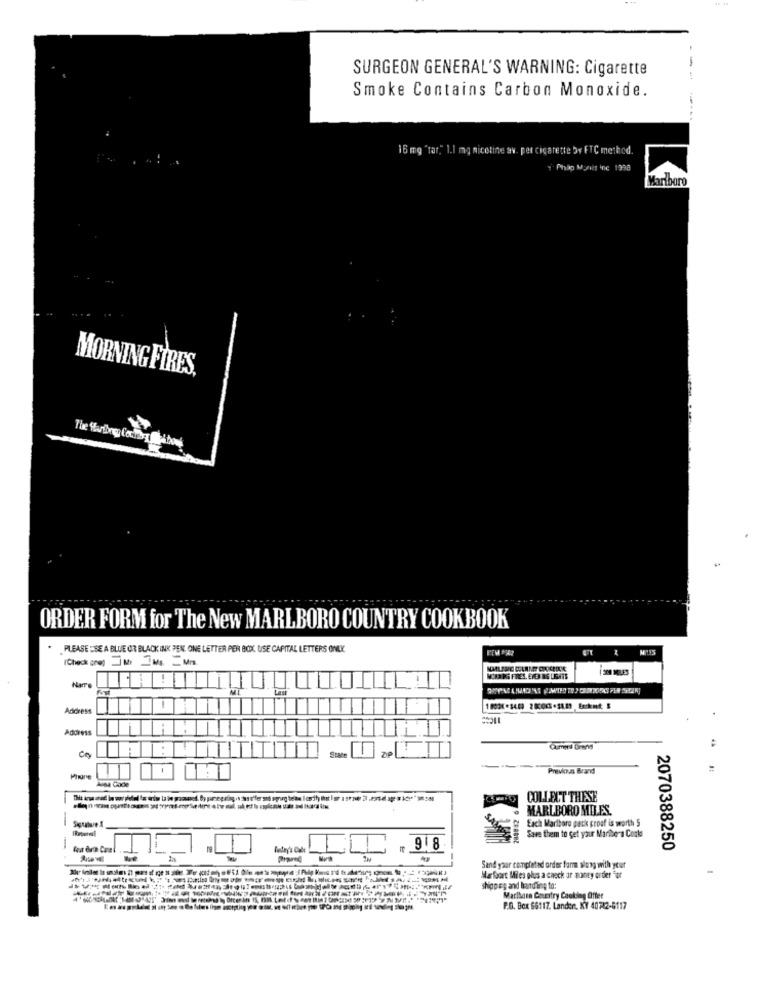
SURGEON GENERAL'S WARNING: Cigarette
Smoke Contains Carbon Monoxide.
16 mg "tar." 1.1 mg nicotine av. per cigarette br FTC method.
Philip Mywit inc 1998
Marlboro
MORNING FIRES,
The Harting Cocks ribons
ORDER FORM for The New MARLBORO COUNTRY COOKBOOK
PLEASE ESE A BLUE OR BLACK INK PEN, ONE LETTER PER BOX. USE CAPITAL LETTERS ONLK
(Check cnej MI Ms _Mis
30 MILES
MIAPPS FIRES. EVER BS USATE
Name
Address
Previous Brand
PIRIne
Alna Gode
284842 6
COLLECT THESE
MARLBORO MILES.
--
Each Marlboro gatk proof is worth 5
Save them to get your Maribora Cool
918
2070388250
Sand your completed order farm along with your
Marfort Miles plus a check ar monty order For
shipping and handling to:
Macibarn Country Cooking Offer
P.O. Box 66117. Lander, KY 40742-6117